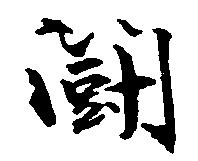
闘